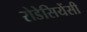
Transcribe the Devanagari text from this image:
रोडेसियेंसी